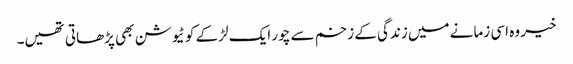
خیر وہ اسی زمانے میں زندگی کے زخم سے چور ایک لڑکے کو ٹیوشن بھی پڑھاتی تھیں۔